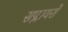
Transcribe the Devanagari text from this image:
सप्लायरों